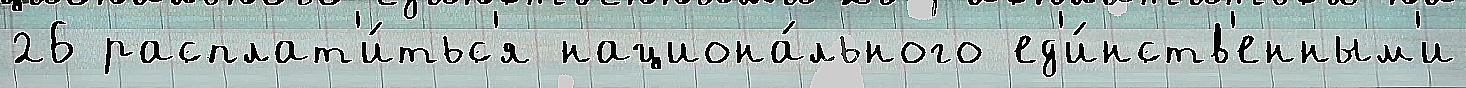
26 расплат'и́тьс'я национа́льного ед'и́нств'енным'и